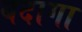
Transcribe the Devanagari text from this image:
बदागा